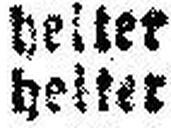
heiter